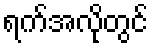
ရက်အလိုတွင်